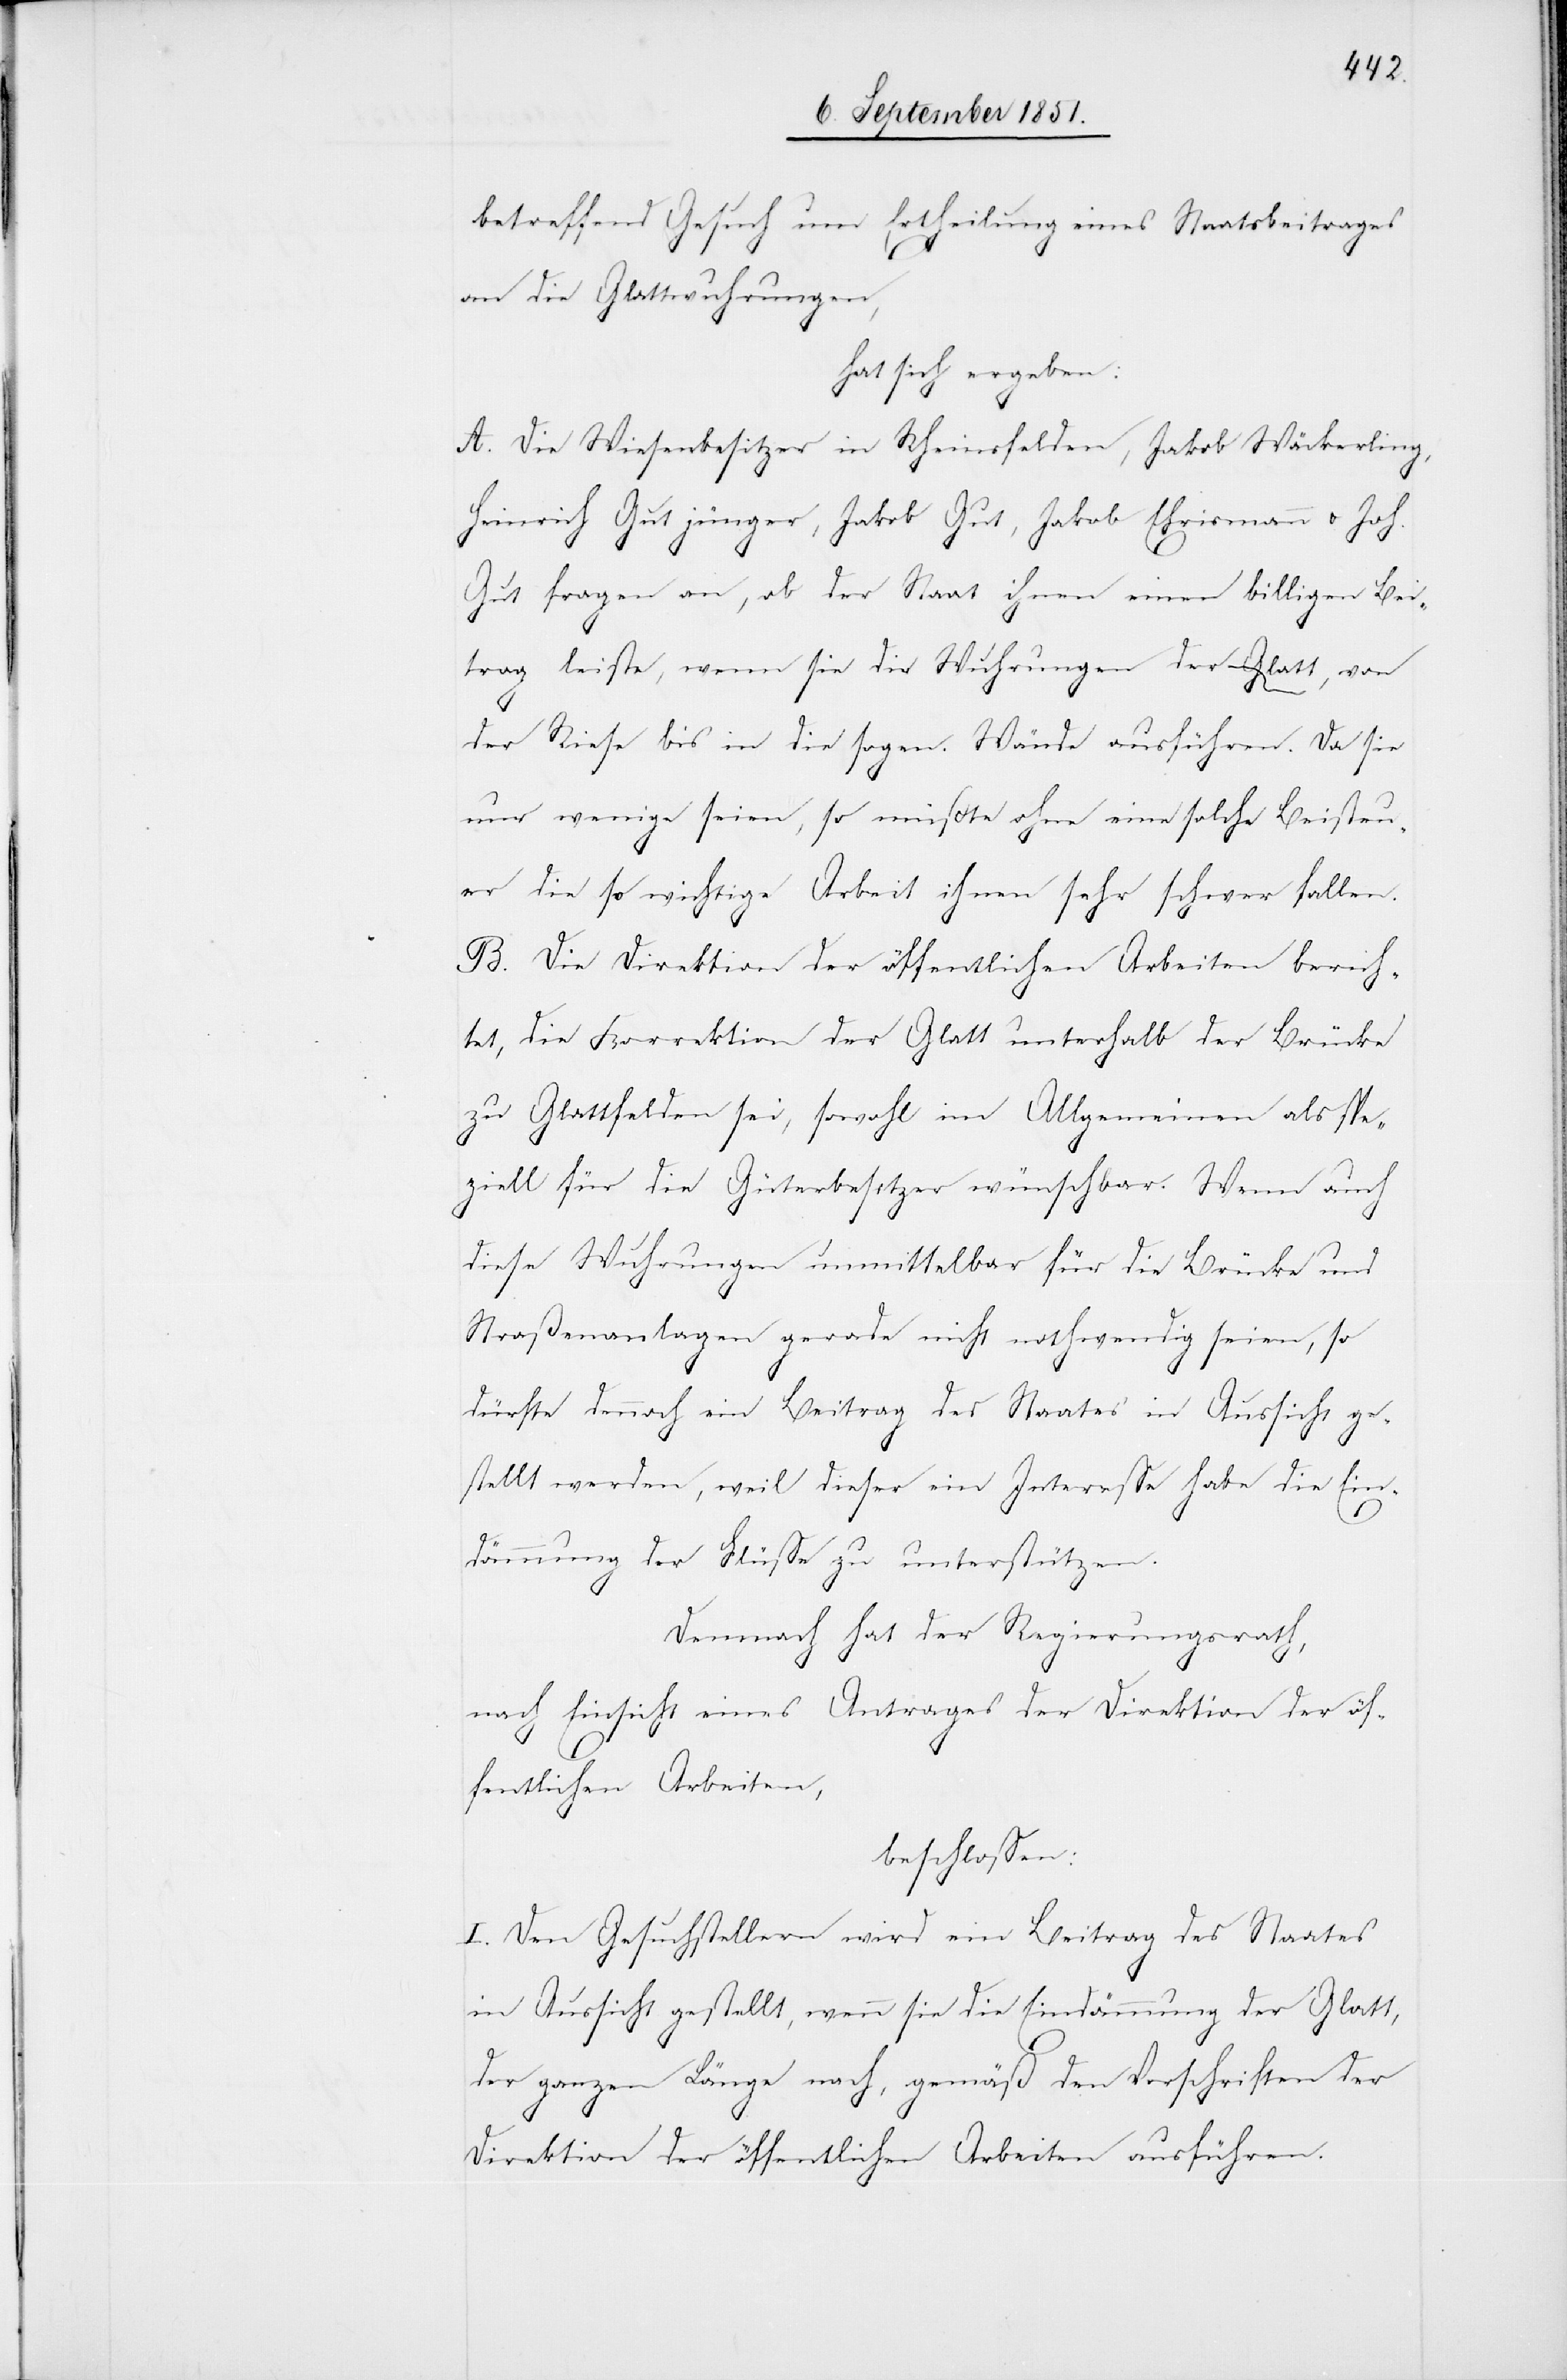
betreffend Gesuch um Ertheilung eines Staatsbeitrages
an die Glattwuhrungen,
hat sich ergeben:
A. Die Wiesenbesitzer in Rheinsfelden, Jakob Wäckerling
Heinrich Gut jünger, Jakob Gut, Jakob Ehrismann u. Joh.
Gut fragen an, ob der Staat ihnen einen billigen Bei¬
trag leiste, wenn sie die Wuhrungen der Glatt, von
der Riese bis in die sogen. Wände ausführen. Da sie
nur wenige seien, so müßte ohne eine solche Beisteu¬
er die so wichtige Arbeit ihnen sehr schwer fallen.
B. Die Direktion der öffentlichen Arbeiten berich¬
tet, die Korrektion der Glatt unterhalb der Brücke
zu Glattfelden sei, sowohl im Allgemeinen als spe¬
ziell für die Güterbesitzer wünschbar. Wenn auch
diese Wuhrungen unmittelbar für die Brücke und
Straßenanlagen gerade nicht nothwendig seien, so
dürfte dennoch ein Beitrag des Staates in Aussicht ge¬
stellt werden, weil dieser ein Interesse habe die Ein¬
dämmung der Flüsse zu unterstützen.
Demnach hat der Regierungsrath,
nach Einsicht eines Antrages der Direktion der öf¬
fentlichen Arbeiten,
beschlossen:
I. Den Gesuchstellern wird ein Beitrag des Staates
in Aussicht gestellt, wenn sie die Eindämmung der Glatt,
der ganzen Länge nach, gemäß den Vorschriften der
Direktion der öffentlichen Arbeiten ausführen.